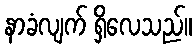
နာခံလျက် ရှိလေသည်။